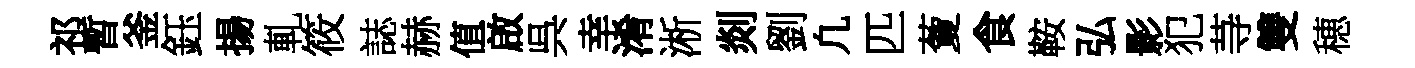
祁暫釜鈺揚軋筱誌赫值啟呉幸淆淅剡劉凢匹藑食鞍弘影犯䒭雙穂